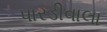
પારડીવાલા